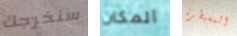
سنخرجك المكان المسيطرة